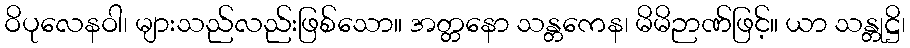
ဝိပုလေနဝါ၊ များသည်လည်းဖြစ်သော။ အတ္တနော သန္တကေန၊ မိမိဉာဏ်ဖြင့်။ ယာ သန္တုဋ္ဌိ၊